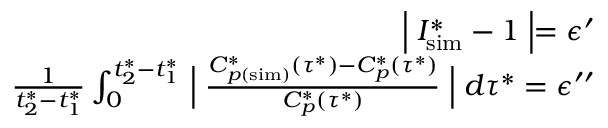
\begin{array} { r } { \Bigm \lvert I _ { \mathrm { s i m } } ^ { * } - 1 \Bigm \rvert = \epsilon ^ { \prime } } \\ { \frac { 1 } { t _ { 2 } ^ { * } - t _ { 1 } ^ { * } } \int _ { 0 } ^ { t _ { 2 } ^ { * } - t _ { 1 } ^ { * } } \Bigm \lvert \frac { C _ { p ( \mathrm { s i m } ) } ^ { * } \left( \tau ^ { * } \right) - C _ { p } ^ { * } \left( \tau ^ { * } \right) } { C _ { p } ^ { * } \left( \tau ^ { * } \right) } \Bigm \rvert d \tau ^ { * } = \epsilon ^ { \prime \prime } } \end{array}